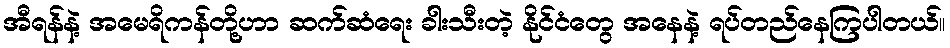
အီရန်နဲ့ အမေရိကန်တို့ဟာ ဆက်ဆံရေး ခါးသီးတဲ့ နိုင်ငံတွေ အနေနဲ့ ရပ်တည်နေကြပါတယ်။